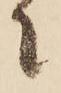
に